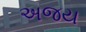
અજય